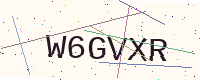
Text: W6GVXR